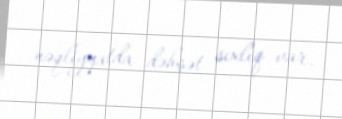
nəqliyyatda dəhşət sıxlıq var.